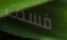
فسدت